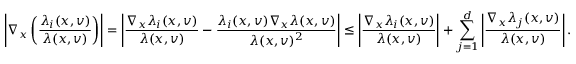
\left\lvert \nabla _ { x } \left( \frac { \lambda _ { i } ( x , v ) } { \lambda ( x , v ) } \right) \right\rvert = \left\lvert \frac { \nabla _ { x } \lambda _ { i } ( x , v ) } { \lambda ( x , v ) } - \frac { \lambda _ { i } ( x , v ) \nabla _ { x } \lambda ( x , v ) } { \lambda ( x , v ) ^ { 2 } } \right\rvert \leq \left\lvert \frac { \nabla _ { x } \lambda _ { i } ( x , v ) } { \lambda ( x , v ) } \right\rvert + \sum _ { j = 1 } ^ { d } \left\lvert \frac { \nabla _ { x } \lambda _ { j } ( x , v ) } { \lambda ( x , v ) } \right\rvert .